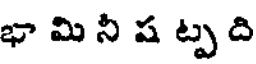
భా మి నీ ష ట్ప ది